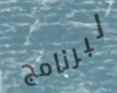
لبرنامج